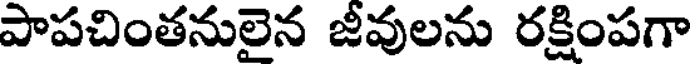
పాపచింతనులైన జీవులను రక్షింపగా